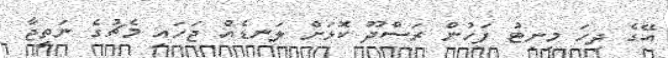
އޭގެ ދިހަ މިނިޓު ފަހުން ރަސްދޫ ކޮޅަށް ލަނޑެއް ޖަހައި މެޗުގެ ނަތީޖާ